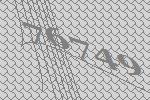
76749